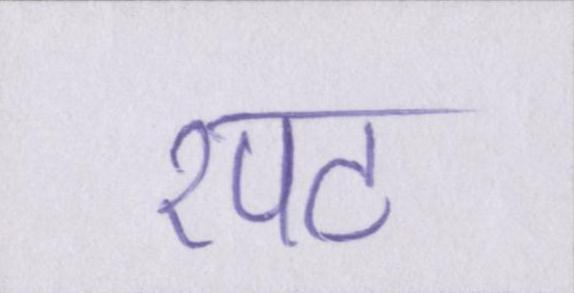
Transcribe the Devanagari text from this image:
रपट